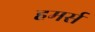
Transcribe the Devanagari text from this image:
हमर्स